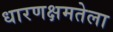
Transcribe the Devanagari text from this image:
धारणक्षमतेला